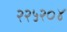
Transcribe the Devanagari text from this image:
२२५२०४